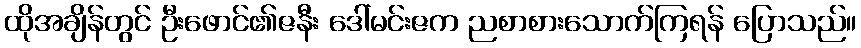
ထိုအချိန်တွင် ဦးဖောင်၏ဇနီး ဒေါ်မင်းဇက ညစာစားသောက်ကြရန် ပြောသည်။